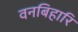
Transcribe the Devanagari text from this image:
वनबिहारि